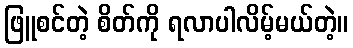
ဖြူစင်တဲ့ စိတ်ကို ရလာပါလိမ့်မယ်တဲ့။